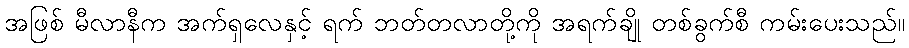
အဖြစ် မီလာနီက အက်ရှလေနှင့် ရက် ဘတ်တလာတို့ကို အရက်ချို တစ်ခွက်စီ ကမ်းပေးသည်။